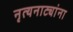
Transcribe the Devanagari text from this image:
नृत्यनाट्यांना